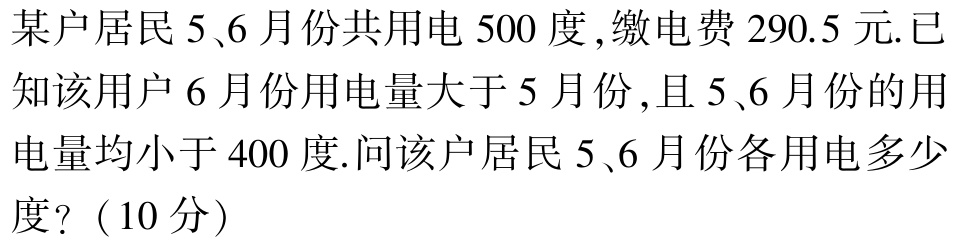
某户居民5、6月份共用电500度,缴电费290.5元.已知该用户6月份用电量大于5月份,且5、6月份的用电量均小于400度.问该户居民5、6月份各用电多少度?（10分）